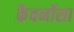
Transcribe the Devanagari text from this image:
कैवर्नोसा